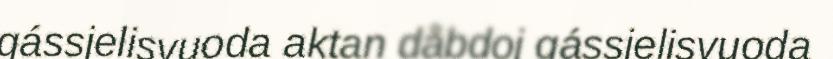
gássjelisvuoda aktan dåbdoj gássjelisvuoda